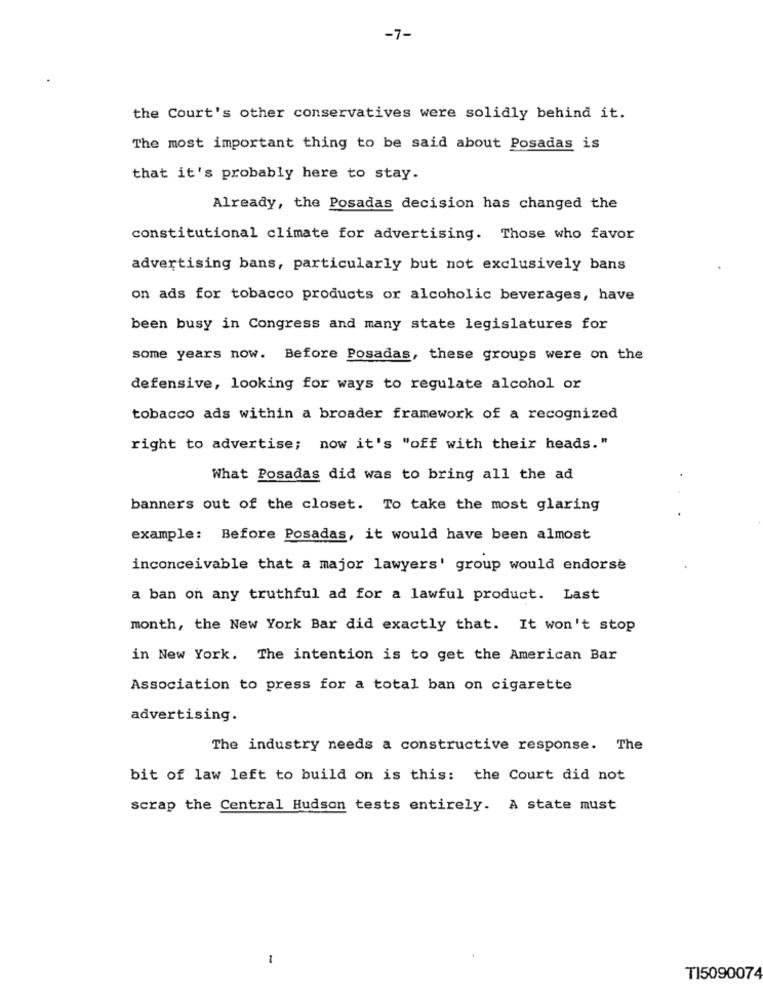
-7-
the Court's other conservatives were solidly behind it.
The most important thing to be said about Posadas is
that it's probably here to stay.
Already, the Posadas decision has changed the
constitutional climate for advertising. Those who favor
advertising bans, particularly but not exclusively bans
on ads for tobacco products or alcoholic beverages, have
been busy in Congress and many state legislatures for
some years now. Before Posadas, these groups were on the
defensive, looking for ways to regulate alcohol or
tobacco ads within a broader framework of a recognized
right to advertise; now it's "off with their heads."
What Posadas did was to bring all the ad
banners out of the closet. To take the most glaring
example: Before Posadas, it would have been almost
inconceivable that a major lawyers' group would endorse
a ban on any truthful ad for a lawful product. Last
month, the New York Bar did exactly that. It won't stop
in New York. The intention is to get the American Bar
Association to press for a total ban on cigarette
advertising.
The industry needs a constructive response. The
bit of law left to build on is this: the Court did not
scrap the Central Hudson tests entirely. A state must
1
TI5090074